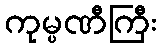
ကုမ္ပဏီကြီး